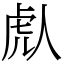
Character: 䖋